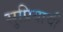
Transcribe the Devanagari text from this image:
सुप्रियाची